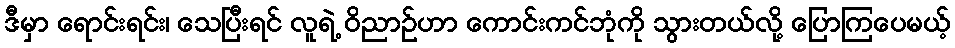
ဒီမှာ ရောင်းရင်း၊ သေပြီးရင် လူရဲ့ ဝိညာဉ်ဟာ ကောင်းကင်ဘုံကို သွားတယ်လို့ ပြောကြပေမယ့်